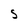
Character: S